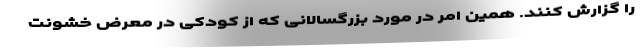
را گزارش کنند. همین امر در مورد بزرگسالانی که از کودکی در معرض خشونت